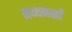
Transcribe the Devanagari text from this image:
नथ्थनखाँ